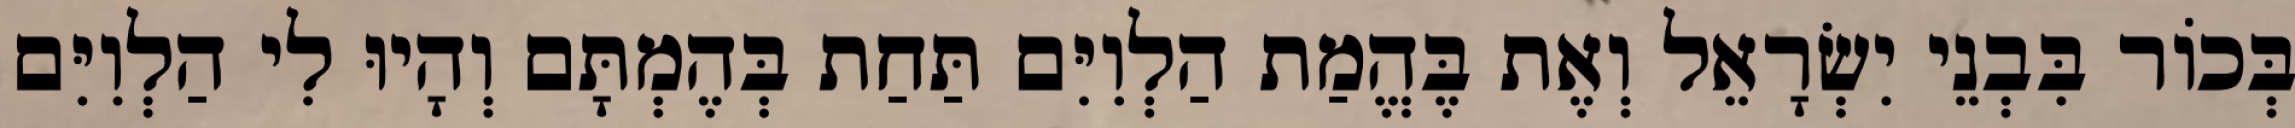
בְּכוֹר בִּבְנֵי יִשְׂרָאֵל וְאֶת בֶּהֱמַת הַלְוִיִּם תַּחַת בְּהֶמְתָּם וְהָיוּ לִי הַלְוִיִּם